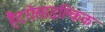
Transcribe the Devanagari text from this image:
हैटरोसाइक्लिक